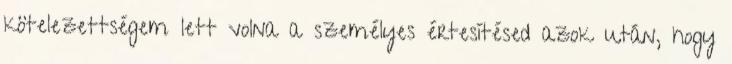
kötelezettségem lett volna a személyes értesítésed azok után, hogy